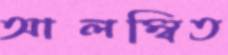
আলম্বিত